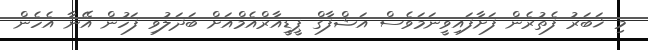
މި ޚަބަރު ފެތުރެން ފަށާފައިވީނަމަވެސް އަޝްފާގް ޕީޑީއާރްއެމްއަށް ބަދަލުވި ފަހުން އޭނާ އެހެން